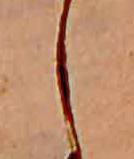
し